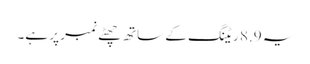
یہ 8.9 ریٹنگ کے ساتھ چھٹے نمبر پر ہے۔